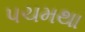
પચમથા